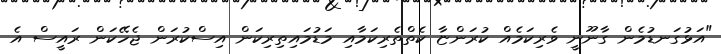
"އަޅުގަނޑުމެން ގާނޫނީ ވެރިކަމެއް ކުރަންޏާ ކެތްތެރިކަމާއި މަޑުމައިތިރިކަން އިސްކުރަން ޖެހޭކަން ރައީސް އެ